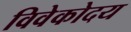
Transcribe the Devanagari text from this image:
विवेकोदय